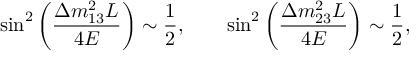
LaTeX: \sin ^ { 2 } \left( \frac { \Delta m _ { 1 3 } ^ { 2 } L } { 4 E } \right) \sim \frac { 1 } { 2 } , \qquad \sin ^ { 2 } \left( \frac { \Delta m _ { 2 3 } ^ { 2 } L } { 4 E } \right) \sim \frac { 1 } { 2 } ,